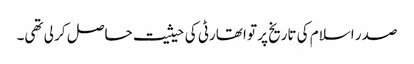
صدر اسلام کی تاریخ پر تو اتھارٹی کی حیثیت حاصل کر لی تھی۔